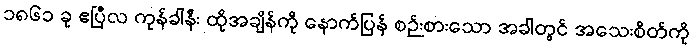
၁၈၆၁ ခု ဧပြီလ ကုန်ခါနီး ထိုအချိန်ကို နောက်ပြန် စဉ်းစားသော အခါတွင် အသေးစိတ်ကို